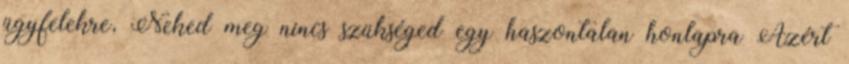
ügyfelekre, Neked meg nincs szükséged egy haszontalan honlapra Azért